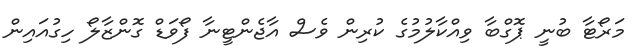
މަރޯޓާ ބުނީ ޕޮގްބާ ވިއްކާލުމުގެ ކުރިން ވެސް އާޖެންޓީނާ ފޯވަޑް ގޮންޒާލޯ ހިގުއައިން